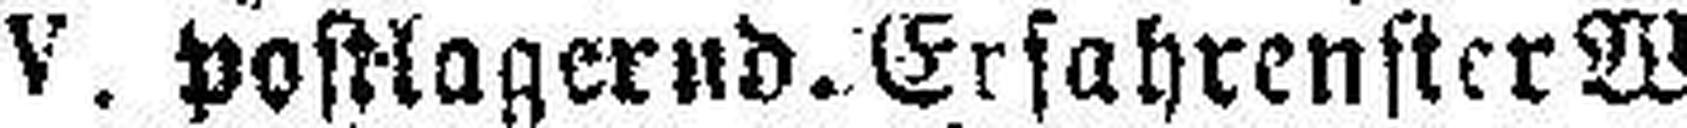
V. postlagernd. Erfahrenster Wiener